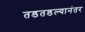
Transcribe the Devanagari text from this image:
तडतडल्यानंतर